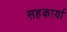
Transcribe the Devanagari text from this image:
सहकार्या